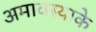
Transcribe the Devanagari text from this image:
अमावस्याके